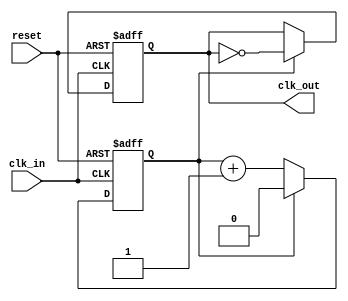
module clock_divider_buffer #(
    parameter DIV_FACTOR = 2 // Default division factor
)(
    input wire clk_in,      // Input clock signal
    input wire reset,       // Asynchronous reset signal
    output reg clk_out      // Output clock signal
);

    reg [$clog2(DIV_FACTOR)-1:0] counter; // Counter to track clock cycles

    // Always block to handle the clock division
    always @(posedge clk_in or posedge reset) begin
        if (reset) begin
            counter <= 0;  // Reset the counter
            clk_out <= 0;  // Reset the output clock
        end else begin
            if (counter == (DIV_FACTOR - 1)) begin
                clk_out <= ~clk_out; // Toggle clk_out
                counter <= 0;        // Reset counter
            end else begin
                counter <= counter + 1; // Increment counter
            end
        end
    end

endmodule